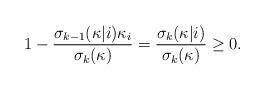
LaTeX: \begin{align*}1-\frac{\sigma_{k-1}(\kappa|i)\kappa_{i}}{\sigma_{k}(\kappa)}=\frac{\sigma_{k}(\kappa|i)}{\sigma_{k}(\kappa)}\geq 0.\end{align*}